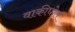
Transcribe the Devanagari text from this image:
वाकीघोल